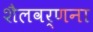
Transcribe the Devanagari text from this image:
शैलवर्णना